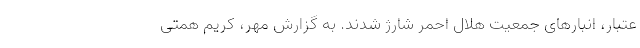
عتبار، انبارهای جمعیت هلال احمر شارژ شدند. به گزارش مهر، کریم همتی